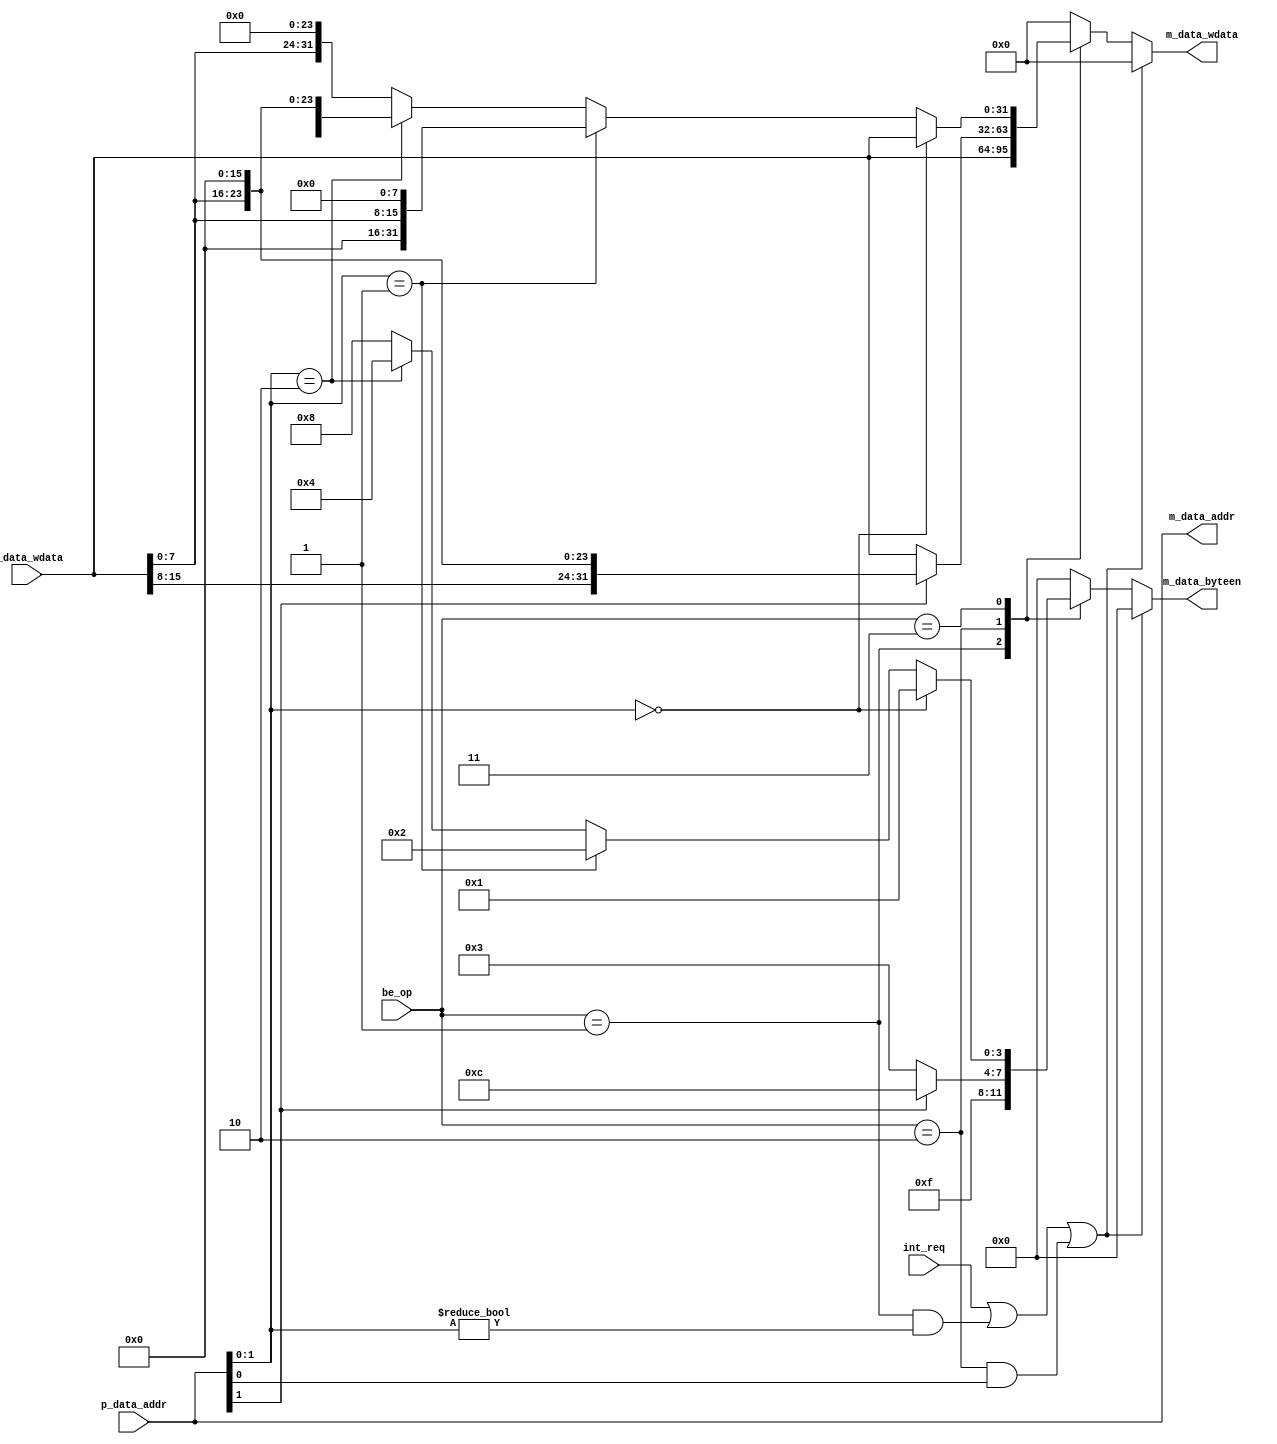
module be (
    input wire[1:0] be_op,
    input wire[31:0] p_data_addr,
    input wire[31:0] p_data_wdata,
    input wire int_req,
    output wire[3:0] m_data_byteen,
    output wire[31:0] m_data_addr,
    output wire[31:0] m_data_wdata
);
    //be_op-------------
    //2'b00:none
    //2'b01:sw
    //2'b10:sh
    //2'b11:sb
    //------------------
    reg [3:0] r_m_data_byteen;
    reg [31:0] r_m_data_wdata;

    assign m_data_byteen = r_m_data_byteen;
    assign m_data_addr = p_data_addr;
    assign m_data_wdata = r_m_data_wdata;

    always @(*) begin
        if(int_req==1'b1||(be_op==2'b01&&p_data_addr[1:0]!=2'b0)||(be_op==2'b10&&p_data_addr[0]!=0)) begin 
            r_m_data_byteen = 0;
            r_m_data_wdata = 0;
        end else begin
            case (be_op)
                2'b01:  begin
                            r_m_data_byteen = 4'b1111;
                            r_m_data_wdata = p_data_wdata;
                        end
                2'b10:  if(p_data_addr[1]==1'b0) begin
                            r_m_data_byteen = 4'b0011;
                            r_m_data_wdata = p_data_wdata;
                        end else begin 
                            r_m_data_byteen = 4'b1100;
                            r_m_data_wdata = {p_data_wdata[15:0],16'b0};
                        end
                2'b11:  if(p_data_addr[1:0]==2'b00) begin
                            r_m_data_byteen = 4'b0001;
                            r_m_data_wdata = p_data_wdata;
                        end else if(p_data_addr[1:0]==2'b01) begin 
                            r_m_data_byteen = 4'b0010;
                            r_m_data_wdata = {16'b0,p_data_wdata[7:0],8'b0};
                        end else if(p_data_addr[1:0]==2'b10) begin 
                            r_m_data_byteen = 4'b0100;
                            r_m_data_wdata = {8'b0,p_data_wdata[7:0],16'b0};
                        end else begin 
                            r_m_data_byteen = 4'b1000;
                            r_m_data_wdata = {p_data_wdata[7:0],24'b0};
                        end
                default: begin
                            r_m_data_byteen = 4'b0000;
                            r_m_data_wdata = 0;
                        end   
            endcase
        end
    end

endmodule